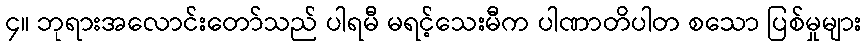
၄။ ဘုရားအလောင်းတော်သည် ပါရမီ မရင့်သေးမီက ပါဏာတိပါတ စသော ပြစ်မှုများ